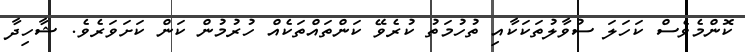
ކޮންމެވެސް ކަހަލަ ސުވާލުތަކަކާއި ތުހުމަތު ކުރެވޭ ކަންތައްތަކެއް ހުރުމުން ކަން ކަށަވަރެވެ. ޝާހިދާ